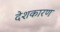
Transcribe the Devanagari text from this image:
देशकारण